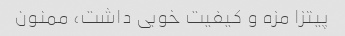
پیتزا مزه و کیفیت خوبی داشت، ممنون